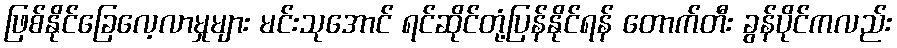
ဖြစ်နိုင်ခြေလေ့လာမှုများ မင်းသုအောင် ရင်ဆိုင်တုံ့ပြန်နိုင်ရန် တောက်တီး ခွန်ပိုင်ကလည်း